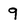
Character: 9